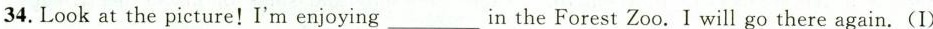
34.Look at the picture!I'm enjoying___in the Forest Zoo. I will go there again.(I)